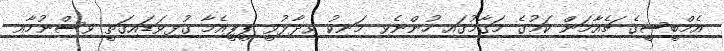
އެމްބީސީގެ ޗެއާމަން ކަމުގެ މަގާމުގައި ހުންނެވި މަނިކު ވިދާޅުވީ ޕީޕީއެމާ ގުޅިވަޑައިގަތީ ވިސްނުމާއި